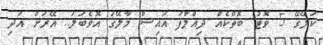
ކަލޭގޭ 5 ވޮޓު ބޮތްކެއް ދިއްލާފަ އައިސް މާލޭގަ އޮވެބަލަ.. އޭރަށް އަދި